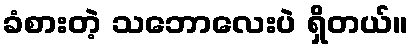
ခံစားတဲ့ သဘောလေးပဲ ရှိတယ်။